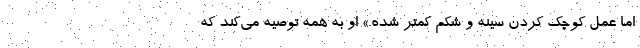
اما عمل کوچک کردن سینه و شکم کمتر شده.» او به همه توصیه می‌کند که